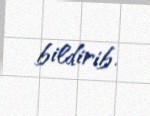
bildirib.